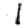
Digit: 1